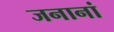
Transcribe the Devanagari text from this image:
जनानां